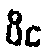
ပိင